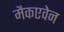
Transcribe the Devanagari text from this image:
मैकएवेन